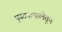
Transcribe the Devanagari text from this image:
पुस्तकमालेतून